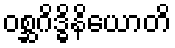
ဝစ္ဆဂိဒ္ဓိနိယောတိ